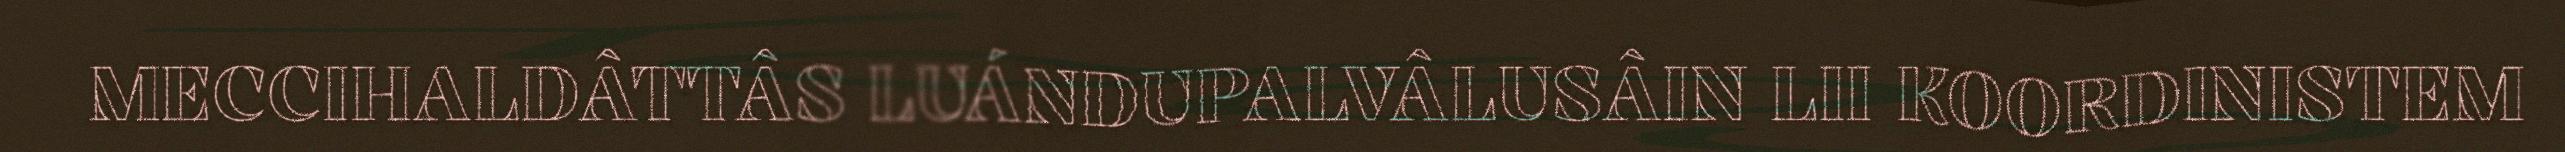
MECCIHALDÂTTÂS LUÁNDUPALVÂLUSÂIN LII KOORDINISTEM